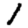
Digit: 1